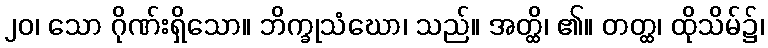
၂၀၊ သော ဂိုဏ်းရှိသော။ ဘိက္ခုသံဃော၊ သည်။ အတ္ထိ၊ ၏။ တတ္ထ၊ ထိုသိမ်၌၊